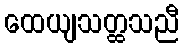
ထေယျသတ္ထသညီ